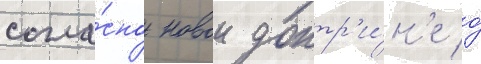
согла́сно новои доктр'и́н'е о́